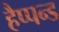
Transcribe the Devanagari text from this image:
हैप्पन्ड